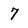
Character: 7